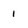
Character: 1